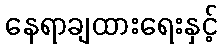
နေရာချထားရေးနှင့်